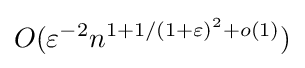
O(\varepsilon ^{-2}n^{1+1/(1+\varepsilon )^{2}+o(1)})